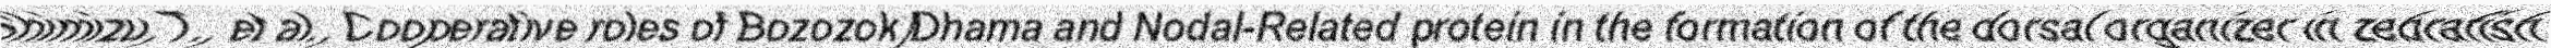
"Shimizu, T., et al., Cooperative roles of Bozozok/Dhama and Nodal-Related protein in the formation of the dorsal organizer in zebrafish."